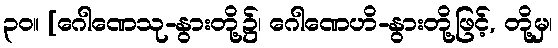
၃၀။ [ဂေါဏေသု-နွားတို့၌၊ ဂေါဏေဟိ-နွားတို့ဖြင့်, တို့မှ၊